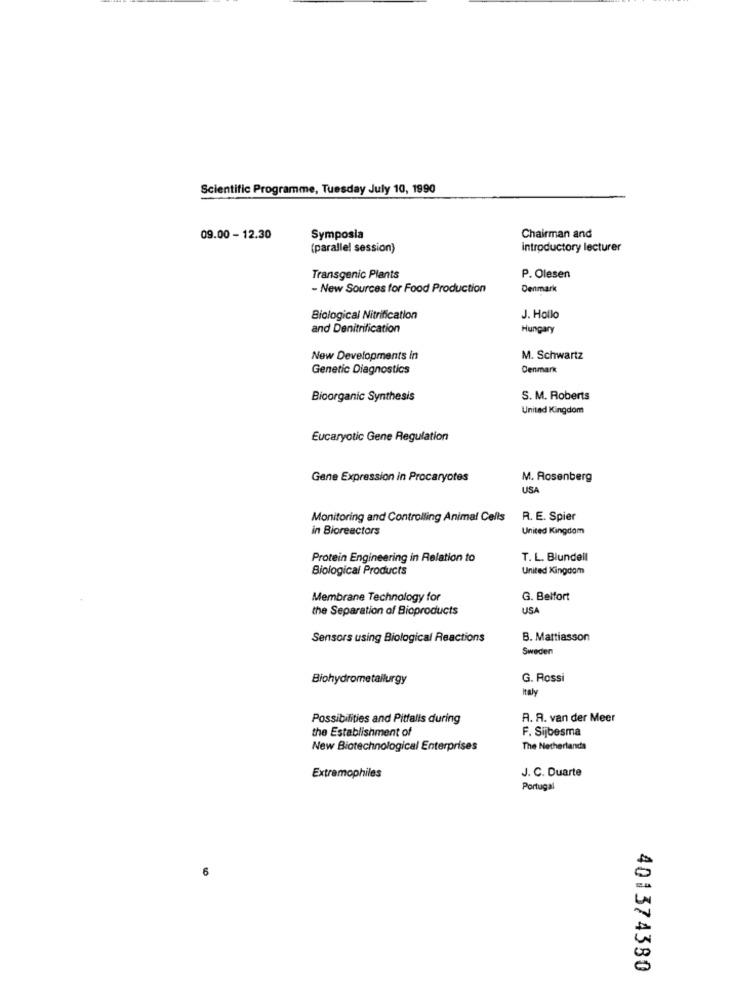
Scientific Programme, Tuesday July 10, 1990
09.00 - 12.30
Symposia
Chairman and
(parallel session)
introductory lecturer
Transgenic Plants
P. Olesen
- New Sources for Food Production
Denmark
Biological Nitrification
J. Hollo
and Denitrification
Hungary
New Developments in
M. Schwartz
Genetic Diagnostics
Denmark
Bioorganic Synthesis
S. M. Roberts
United Kingdom
Eucaryotic Gene Regulation
Gene Expression in Procaryotes
M. Rosenberg
USA
Monitoring and Controlling Animal Cells
R. E. Spier
in Bioreactors
United Kingdom
Protein Engineering in Relation to
T. L. Blundell
Biological Products
United Kingdom
Membrane Technology for
G. Belfort
the Separation of Bioproducts
USA
Sensors using Biological Reactions
B. Mattiasson
Sweden
Biohydrometallurgy
G. Rossi
Italy
Possibilities and Pitfalls during
A. A. van der Meer
the Establishment of
F. Sijbesma
New Biotechnological Enterprises
The Netherlands
J. C. Duarte
Extremophiles
Portugal
6
401374380